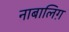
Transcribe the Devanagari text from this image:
नाबालिग़